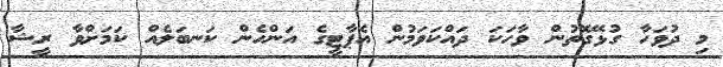
މި ދުވަހާ ގުޅޭގޮތުން ވާހަކަ ދައްކަވަމުން އެޕާޓީގެ އަންހެން ކަނބަލެއް ކަމަށްވާ ރީޝާ